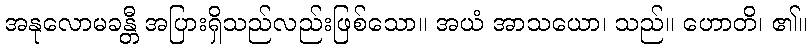
အနုလောမခန္တီ အပြားရှိသည်လည်းဖြစ်သော။ အယံ အာသယော၊ သည်။ ဟောတိ၊ ၏။